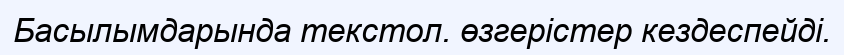
Басылымдарында текстол. өзгерістер кездеспейді.